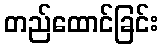
တည်ထောင်ခြင်း